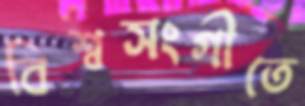
বিশ্বসংগীতে